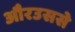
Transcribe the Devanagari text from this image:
औरउससे